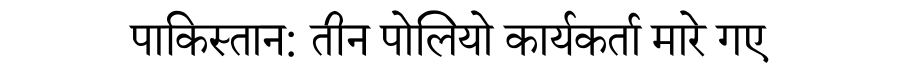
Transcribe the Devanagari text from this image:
पाकिस्तान: तीन पोलियो कार्यकर्ता मारे गए